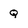
Character: Q